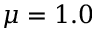
\mu = 1 . 0